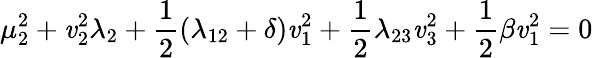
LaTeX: \mu_{2}^{2}+\mathit{v}_{2}^{2}\lambda_{2}+\frac{{1}}{{2}}(\lambda_{12}+\delta)\mathit{v}_{1}^{2}+\frac{{1}}{{2}}\lambda_{23}\mathit{v}_{3}^{2}+\frac{{1}}{{2}}\beta\mathit{v}_{1}^{2}=0